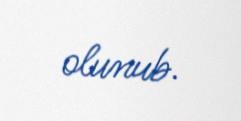
olunub.